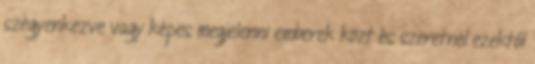
szégyenkezve vagy képes megjelenni emberek közt és szeretnél ezektől